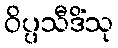
ဝိပ္ပသီဒိံသု